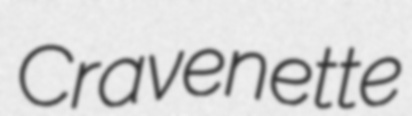
Cravenette